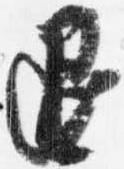
退